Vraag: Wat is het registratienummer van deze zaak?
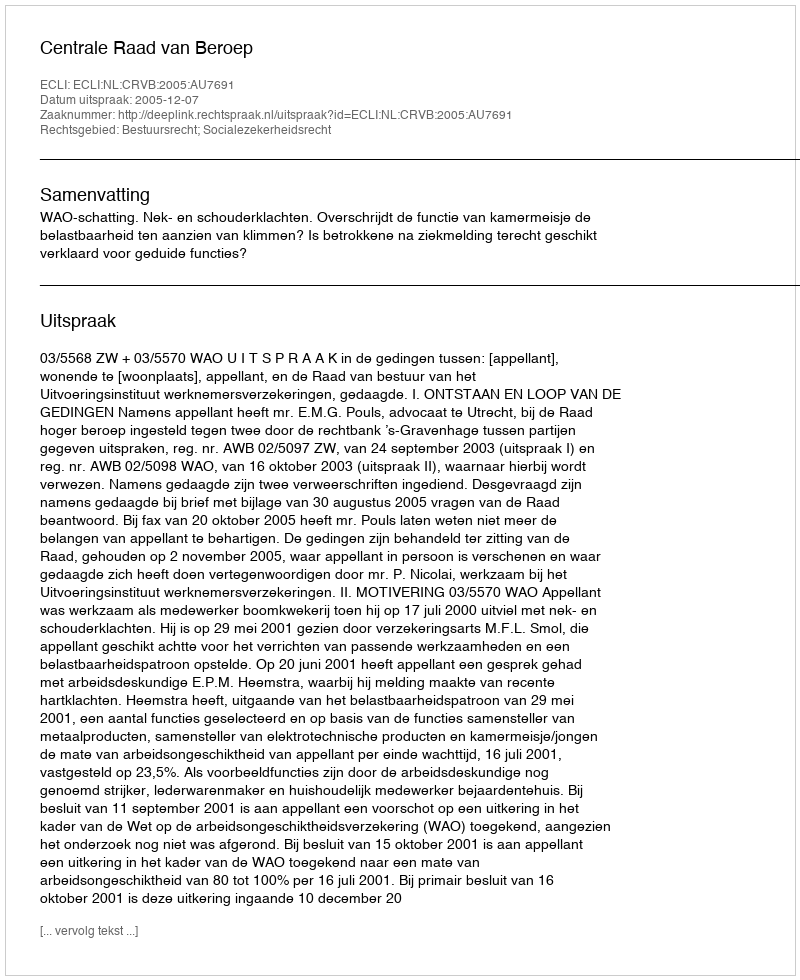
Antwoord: http://deeplink.rechtspraak.nl/uitspraak?id=ECLI:NL:CRVB:2005:AU7691